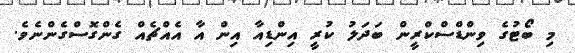
މި ބޯޓުގެ ވިންޑްސްކްރީން ބަދަލު ކުރީ އިންޑިއާ އިން އާ އެއްޗެއް ގެންގޮސްގެންނެވެ.